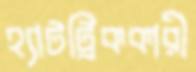
হ্যাটট্রিককারী